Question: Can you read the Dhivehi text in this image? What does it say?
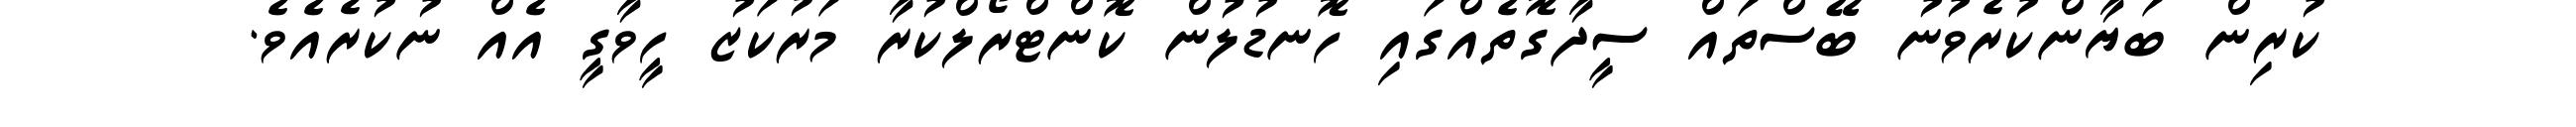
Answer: ކުރިން ބަޔާންކުރެވުނު ބޭސްތައް ސީދާގޮތެއްގައި ހޮނޑުލުން ކޮންޓްރޯލްކުރާ މަރުކަޒު ހީވާގީ އެއް ނުކުރެއެވެ.